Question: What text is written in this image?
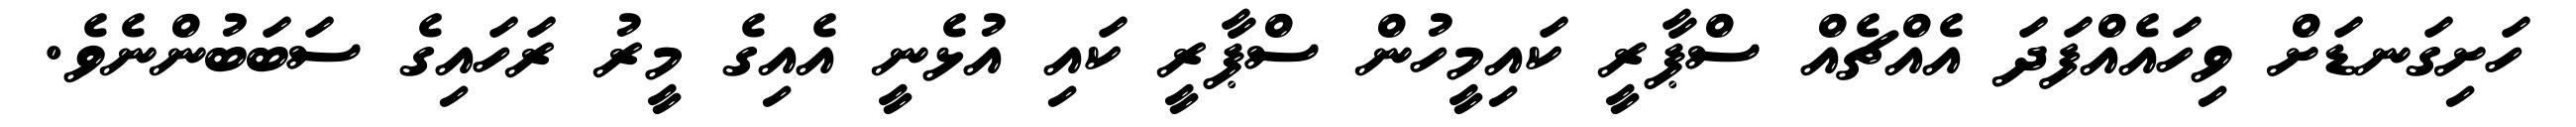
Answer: ހަށިގަނޑަށް ވިހައެއްފަދަ އެއްޗެއް ސްޕާރީ ކައިމީހުން ސްޕާރީ ކައި އުޅެނީ އެއިގެ މީރު ރަހައިގެ ސަބަބުންނެވެ.